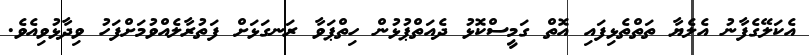
އެކަލޭގެފާނު އެލެޔާ ތަތްތެޅިފައި އޮތް ގަމީސްކޮޅު ދެއަތްޕުޅުން ހިތްޕަވާ ރަނގަޅަށް ފަތުރާލެއްވުމަށްފަހު ވިދާޅުވިއެވެ.